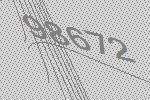
98672